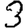
Digit: 3